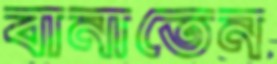
বানাতেন